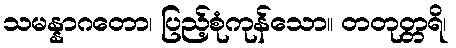
သမန္နာဂတော၊ ပြည့်စုံကုန်သော။ တတုတ္တရိ၊